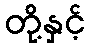
တို့နှင့်